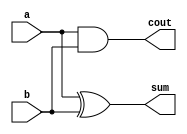
module halfadder(a,b,sum,cout);

    input wire a;
    input wire b;

    output wire sum;
    output wire cout;

    assign sum = a ^ b;
    assign cout = a & b ;
endmodule